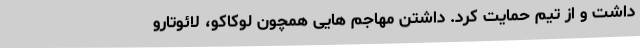
داشت و از تیم حمایت کرد. داشتن مهاجم هایی همچون لوکاکو، لائوتارو